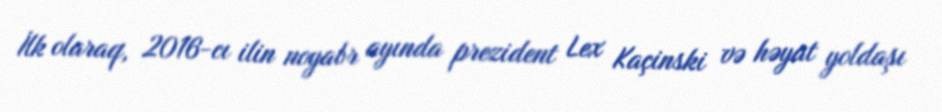
İlk olaraq, 2016-cı ilin noyabr ayında prezident Lex Kaçinski və həyat yoldaşı